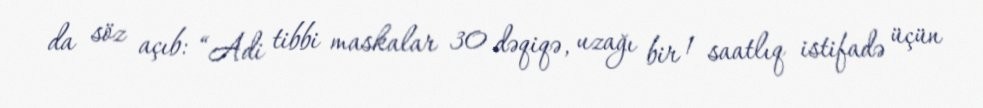
da söz açıb: “Adi tibbi maskalar 30 dəqiqə, uzağı bir 1 saatlıq istifadə üçün